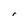
Character: r